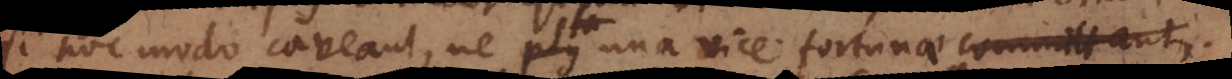
si hoc modo caveant, ne una vice fortunae committant,